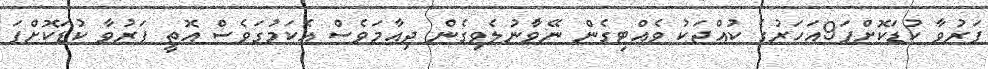
ފަރުވާ ކުޑަކޮށްފަ9އަހަރުގެ ކުއްޖަކު ވެއްޓިގެން ނޭވާާުުުުުނުލެވިގެން ދިިިއާމަވެސް އެކަމުގަވެސް އޮތީ ފަރުވާ ކުޑަކޮށްފަ